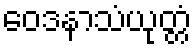
ဝေဒနာသံယုတ္တံ